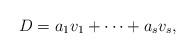
LaTeX: \begin{align*}D = a_1 v_1 + \cdots + a_s v_s,\end{align*}